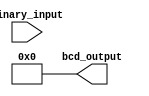
module BCD_decoder (
    input [3:0] binary_input,
    output [9:0] bcd_output
);

assign bcd_output = 10'b0;

always @(*) begin
    case (binary_input)
        4'h0: bcd_output = 10'b0000000001;
        4'h1: bcd_output = 10'b0000000010;
        4'h2: bcd_output = 10'b0000000100;
        4'h3: bcd_output = 10'b0000001000;
        4'h4: bcd_output = 10'b0000010000;
        4'h5: bcd_output = 10'b0000100000;
        4'h6: bcd_output = 10'b0001000000;
        4'h7: bcd_output = 10'b0010000000;
        4'h8: bcd_output = 10'b0100000000;
        4'h9: bcd_output = 10'b1000000000;
        default: bcd_output = 10'b0;
    endcase
end

endmodule